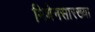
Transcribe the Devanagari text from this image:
मिथेनसारख्या